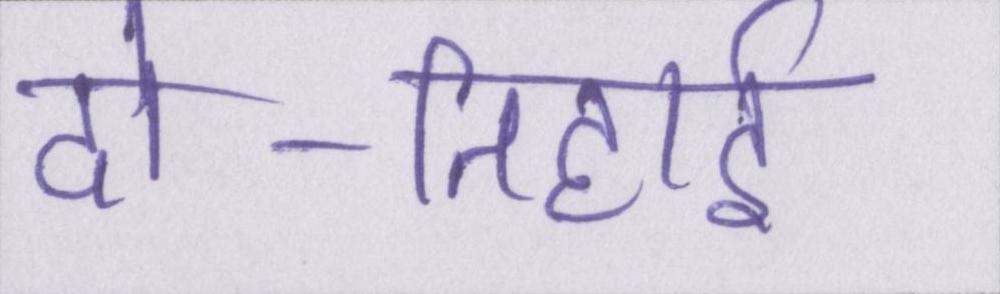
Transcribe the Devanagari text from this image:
दो-तिहाई